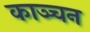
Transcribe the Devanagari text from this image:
काञ्चन